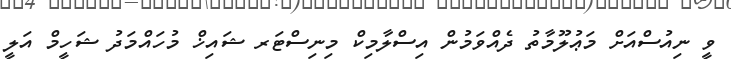
ވީ ނިއުސްއަށް މަޢުލޫމާތު ދެއްވަމުން އިސްލާމިކް މިނިސްޓަރ ޝައިޚް މުހައްމަދު ޝަހީމް އަލީ